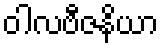
ဝါလဗီဇနိယာ